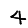
Digit: 4